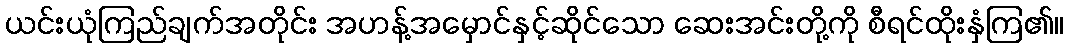
ယင်းယုံကြည်ချက်အတိုင်း အဟန့်အမှောင်နှင့်ဆိုင်သော ဆေးအင်းတို့ကို စီရင်ထိုးနှံကြ၏။